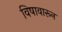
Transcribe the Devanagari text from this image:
विषावारून